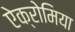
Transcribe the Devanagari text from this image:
ऐक्रोमिया